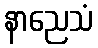
နာညေသံ